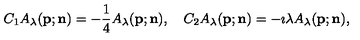
C _ { 1 } A _ { \lambda } ( { \bf p } ; { \bf n } ) = - \frac { 1 } { 4 } A _ { \lambda } ( { \bf p } ; { \bf n } ) , \quad { C _ { 2 } } A _ { \lambda } ( { \bf p } ; { \bf n } ) = - \imath { \lambda } A _ { \lambda } ( { \bf p } ; { \bf n } ) ,